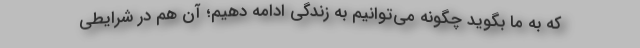
که به ما بگوید چگونه می‌توانیم به زندگی ادامه دهیم؛ آن‌ هم در شرایطی